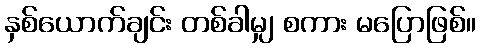
နှစ်ယောက်ချင်း တစ်ခါမျှ စကား မပြောဖြစ်။